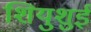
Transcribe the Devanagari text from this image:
शियुशुई